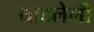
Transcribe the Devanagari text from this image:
थाटलेली